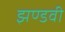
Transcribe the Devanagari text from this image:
झण्डवी